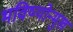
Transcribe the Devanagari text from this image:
भविष्योन्मुख